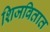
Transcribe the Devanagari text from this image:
शिजवितात